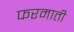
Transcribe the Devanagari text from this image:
फरमाती